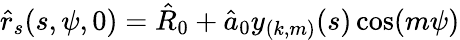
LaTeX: \hat{r}_{s}(s,\psi,0)=\hat{R}_{0}+\hat{a}_{0}y_{(k,m)}(s)\cos(m\psi)